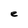
Character: e